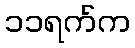
၁၁ရက်က